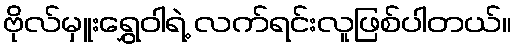
ဗိုလ်မှူးရွှေဝါရဲ့ လက်ရင်းလူဖြစ်ပါတယ်။